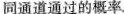
同通道通过的概率